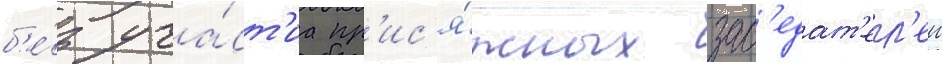
б'е́з уча́ст'иа пр'ис'я́жных зас'едат'ел'еи